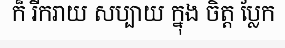
ក៏ រីករាយ សប្បាយ ក្នុង ចិត្ត ប្លែក